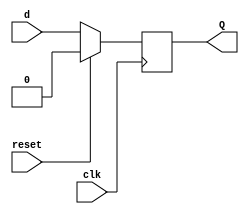
`timescale 1ns / 1ps

module D_flipflop(
    input clk, reset, d,
    output reg Q
    );
    
    always@(posedge clk)
          begin
            if({reset})
            Q<= 1'b0;
            else 
            Q <= d;
            end

endmodule